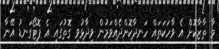
މާ ތާޒާކޮށް އެ ވާހަކަތައް ހަނދާކޮށްދެއްވަމުން ވިދާޅުވި ގޮތުގައި އެ ފޮޓޯގަނޑު އޭނާ